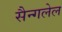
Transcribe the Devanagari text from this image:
सैन्गलेल